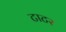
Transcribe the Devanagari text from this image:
टाटर